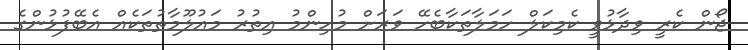
ޖޯން ކެރީ ވިދާޅުވީ ކެމިކަލް ހަމަލާތަކާބެހޭ ވަރަށް މުހިންމު އިތުރު މައުލޫމާތުތަކެއް އެބޭފުޅުންގެ